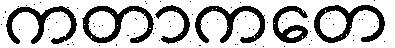
ကတာကတေ